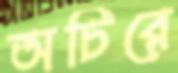
অচিরে